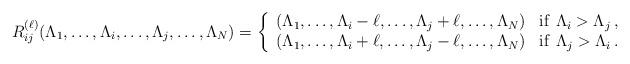
LaTeX: \begin{align*}R_{ij}^{(\ell)}(\Lambda_1,\dots,\Lambda_i,\dots,\Lambda_j,\dots,\Lambda_{N})=\left\{\begin{array}{ll}(\Lambda_1,\dots,\Lambda_i-\ell,\dots,\Lambda_j+\ell,\dots,\Lambda_{N}) &{\rm{if }} \, \, \Lambda_i > \Lambda_j\,, \cr(\Lambda_1,\dots,\Lambda_i+\ell,\dots,\Lambda_j-\ell,\dots,\Lambda_{N}) &{\rm{if }} \, \, \Lambda_j > \Lambda_i\,.\end{array}\right.\end{align*}